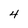
Character: 4